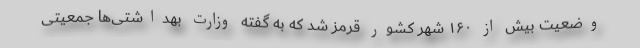
وضعیت بیش از ۱۶۰ شهر کشور قرمز شد که به گفته وزارت بهداشتی‌ها جمعیتی